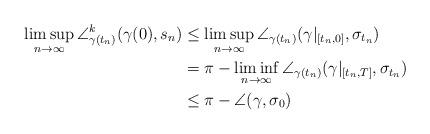
LaTeX: \begin{align*}\limsup_{n\to\infty} \angle^k_{\gamma(t_n)} (\gamma(0),s_n) & \leq \limsup_{n\to\infty} \angle_{\gamma(t_n)} (\gamma|_{[t_n,0]}, \sigma_{t_n})\\ & = \pi - \liminf_{n\to\infty} \angle_{\gamma(t_n)}(\gamma|_{[t_n,T]},\sigma_{t_n})\\ & \leq \pi - \angle (\gamma,\sigma_0)\end{align*}